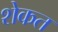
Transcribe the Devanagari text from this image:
शेकत